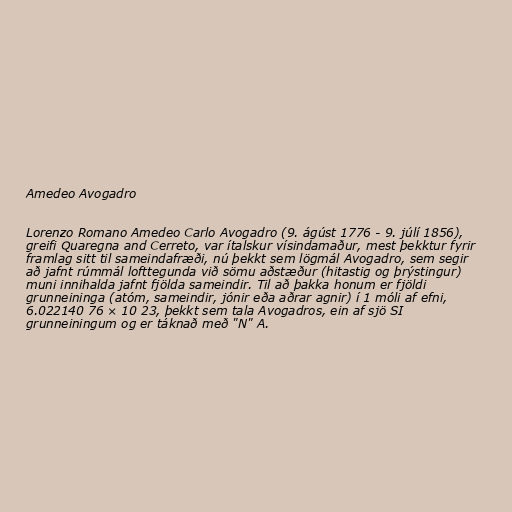
Amedeo Avogadro

Lorenzo Romano Amedeo Carlo Avogadro (9. ágúst 1776 - 9. júlí 1856),
greifi Quaregna and Cerreto, var ítalskur vísindamaður, mest þekktur fyrir
framlag sitt til sameindafræði, nú þekkt sem lögmál Avogadro, sem segir
að jafnt rúmmál lofttegunda við sömu aðstæður (hitastig og þrýstingur)
muni innihalda jafnt fjölda sameindir. Til að þakka honum er fjöldi
grunneininga (atóm, sameindir, jónir eða aðrar agnir) í 1 móli af efni,
6.022140 76 × 10 23, þekkt sem tala Avogadros, ein af sjö SI
grunneiningum og er táknað með "N" A.